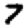
Digit: 7